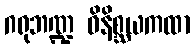
ဂရုဘဏ္ဍ ဝိနိစ္ဆယကထာ